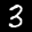
Label: 3